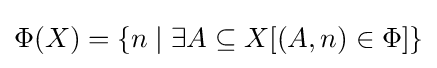
\Phi (X)=\{n\mid \exists A\subseteq X[(A,n)\in \Phi ]\}